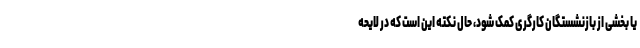
یا بخشی از بازنشستگان کارگری کمک شود، حال نکته این است که در لایحه